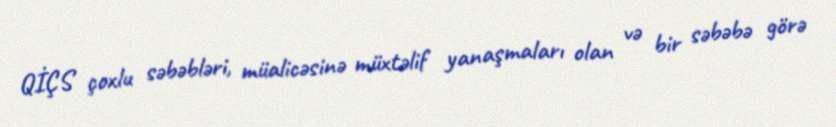
QİÇS çoxlu səbəbləri, müalicəsinə müxtəlif yanaşmaları olan və bir səbəbə görə